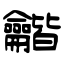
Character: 龤